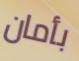
بأمان